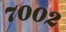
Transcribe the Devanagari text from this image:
७००२